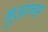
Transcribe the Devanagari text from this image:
नुआन्स